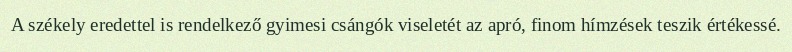
A székely eredettel is rendelkező gyimesi csángók viseletét az apró, finom hímzések teszik értékessé.